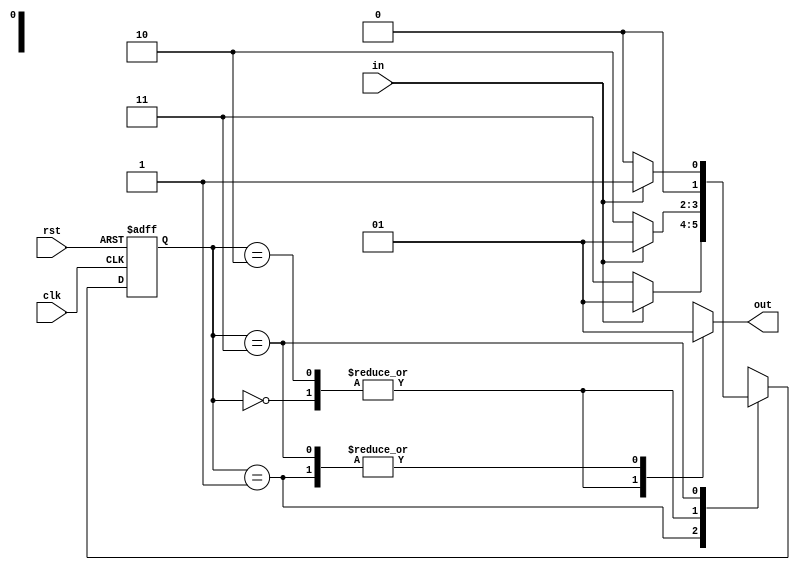
module fsm (
  input clk,
  input rst,
  input in,
  output reg out
);

// state definitions
parameter S0 = 2'b00;
parameter S1 = 2'b01;
parameter S2 = 2'b10;
parameter S3 = 2'b11;

// state register
reg [1:0] state, next_state;

always @(posedge clk or posedge rst) begin
  if (rst) begin
    state <= S0;
  end else begin
    state <= next_state;
  end
end

// state transition logic
always @* begin
  case (state)
    S0: begin
      if (in) begin
        next_state = S1;
      end else begin
        next_state = S2;
      end
    end
    S1: begin
      if (in) begin
        next_state = S1;
      end else begin
        next_state = S3;
      end
    end
    S2: begin
      if (in) begin
        next_state = S1;
      end else begin
        next_state = S2;
      end
    end
    S3: begin
      if (in) begin
        next_state = S1;
      end else begin
        next_state = S0;
      end
    end
  endcase
end

// output logic
always @* begin
  case (state)
    S0: begin
      out = 0;
    end
    S1: begin
      out = 1;
    end
    S2: begin
      out = 0;
    end
    S3: begin
      out = 1;
    end
  endcase
end

endmodule